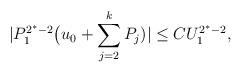
LaTeX: \begin{align*}|P_1^{2^*-2} \bigl( u_0 +\sum_{j=2}^k P_j)|\le C U_1^{2^*-2},\end{align*}